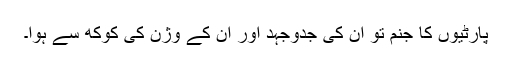
پارٹیوں کا جنم تو ان کی جدوجہد اور ان کے وژن کی کوکھ سے ہوا۔